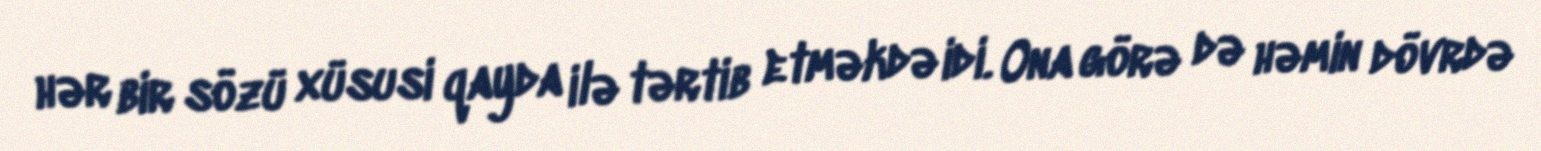
hər bir sözü xüsusi qayda ilə tərtib etməkdə idi. Ona görə də həmin dövrdə